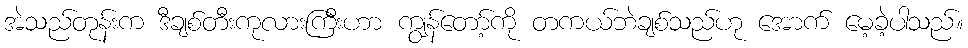
အဲသည်တုန်းက ဒီချစ်တီးကုလားကြီးဟာ ကျွန်တော့်ကို တကယ်ဘဲချစ်သည်ဟု အောက် မေ့ခဲ့ပါသည်။